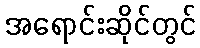
အရောင်းဆိုင်တွင်